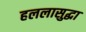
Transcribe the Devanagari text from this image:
हललासुद्धा